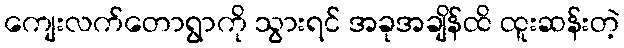
ကျေးလက်တောရွာကို သွားရင် အခုအချိန်ထိ ထူးဆန်းတဲ့